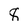
Character: 8